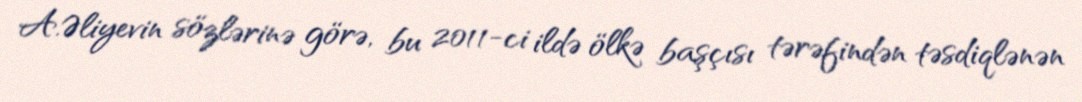
A.Əliyevin sözlərinə görə, bu 2011-ci ildə ölkə başçısı tərəfindən təsdiqlənən